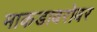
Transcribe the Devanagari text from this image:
माकडाबरोबर